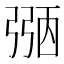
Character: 𢐀